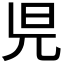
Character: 𣅏